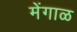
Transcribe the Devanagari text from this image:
मेंगाळ